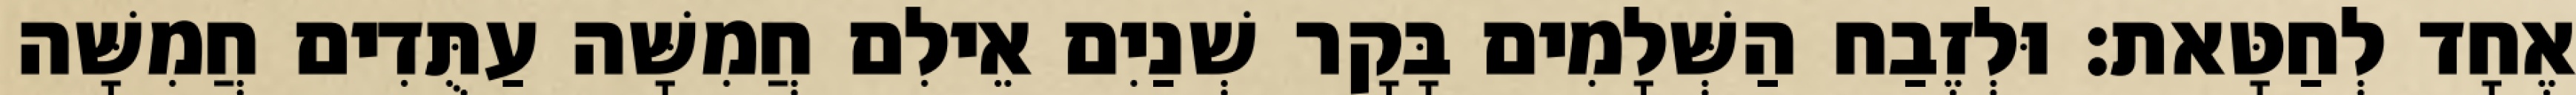
אֶחָד לְחַטָּאת׃ וּלְזֶבַח הַשְּׁלָמִים בָּקָר שְׁנַיִם אֵילִם חֲמִשָּׁה עַתֻּדִים חֲמִשָּׁה